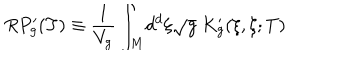
R P _ { g } ^ { \prime } ( T ) \equiv \frac { 1 } { V _ { g } } \int _ { M } \! d ^ { d } \xi \sqrt { g } \ K _ { g } ^ { \prime } ( \xi , \xi ; T )